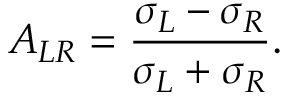
A _ { L R } = \frac { \sigma _ { L } - \sigma _ { R } } { \sigma _ { L } + \sigma _ { R } } .